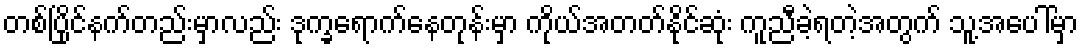
တစ်ပြိုင်နက်တည်းမှာလည်း ဒုက္ခရောက်နေတုန်းမှာ ကိုယ်အတတ်နိုင်ဆုံး ကူညီခဲ့ရတဲ့အတွက် သူ့အပေါ်မှာ